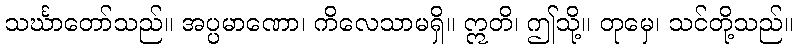
သင်္ဃာတော်သည်။ အပ္ပမာဏော၊ ကိလေသာမရှိ။ ဣတိ၊ ဤသို့။ တုမှေ၊ သင်တို့သည်။